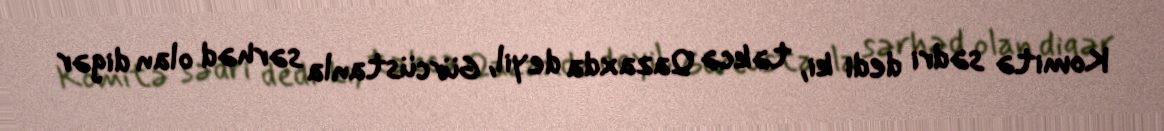
Komitə sədri dedi ki, təkcə Qazaxda deyil, Gürcüstanla sərhəd olan digər